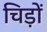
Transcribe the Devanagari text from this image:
चिड़ों